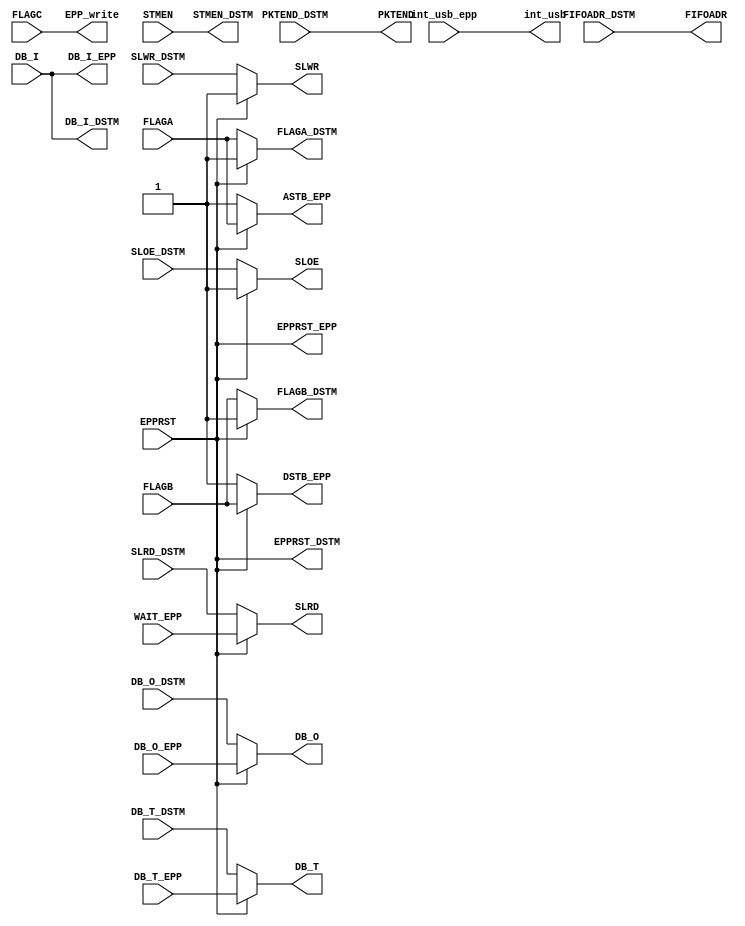
`timescale 1ns / 1ps
//////////////////////////////////////////////////////////////////////////////////
// Company: 
// Engineer: 
// 
// Design Name: 
// Module Name:    epp_dstm_mux 
// Project Name: 
// Target Devices: 
// Tool versions: 
// Description: 
//
// Dependencies: 
//
// Revision: 
// Revision 0.01 - File Created
// Additional Comments: 
//
//////////////////////////////////////////////////////////////////////////////////
module epp_dstm_mux(

		input EPPRST,     					 // EPP reset, will select between DSTM and EPP ports
		
		input STMEN,				      	 // stream enable : active high enable for the stream data transfer
		input FLAGA,				    		 // FIFO OUT flag : while 1 - shows the empty state of the OUT (download) FIFO
		input FLAGB,				    		 // FIFO IN flag : while 1 - shows the full state of the IN (upload) FIFO 
		input FLAGC,						    // EPP Protocol RNW signal
		
		output wire SLRD,				 		 // signal used to read from OUT FIFO
		output wire SLWR,				 		 // signal used to write to IN FIFO
		output wire SLOE,				 		 // FIFO output enable 
		output wire [1:0] FIFOADR,	       // FIFO address : "00" select OUT FIFO, "10" select IN FIFO
		output wire PKTEND, 		   	 	 // IN transfer end 
		output int_usb,						 // Interrupt request for USB


		input wire  [7:0] DB_I,				 // data in
		output wire [7:0] DB_O,				 // data out
		output wire [7:0] DB_T,			    // if 1 : DB is set as input, if 0 : DB is set as output
	 
	 /****************************DSTM side ports************************************************/
	 
		output STMEN_DSTM,				      	 // stream enable : active high enable for the stream data transfer
		output FLAGA_DSTM,				    		 // FIFO OUT flag : while 1 - shows the empty state of the OUT (download) FIFO
		output FLAGB_DSTM,				    		 // FIFO IN flag : while 1 - shows the full state of the IN (upload) FIFO 
		
		input  SLRD_DSTM,				 		 // signal used to read from OUT FIFO
		input  SLWR_DSTM,				 		 // signal used to write to IN FIFO
		input  SLOE_DSTM,				 		 // FIFO output enable 
		input  [1:0] FIFOADR_DSTM,	       // FIFO address : "00" select OUT FIFO, "10" select IN FIFO
		input  PKTEND_DSTM, 		   	 	 // IN transfer end 
		output EPPRST_DSTM,     					 // EPP reset

		output [7:0] DB_I_DSTM,				 // data in
		input  [7:0] DB_O_DSTM,				 // data out
		input  [7:0] DB_T_DSTM,			    // if 1 : DB is set as input, if 0 : DB is set as output	 
	 
	 /****************************EPP side ports************************************************/
	 
		output ASTB_EPP,				    		// EPP protocol Address Strobe signal
		output DSTB_EPP,				    		// EPP protocol Data Strobe signal
		output EPP_write,							//	EPP protocol RNW signal
		input  WAIT_EPP,				 		   // EPP protocol BUSY signal

		input int_usb_epp,						 // Interrupt request for USB
		output EPPRST_EPP,     					 // EPP reset

		output [7:0] DB_I_EPP,				 // data in
		input  [7:0] DB_O_EPP,				 // data out
		input  [7:0] DB_T_EPP			    // if 1 : DB is set as input, if 0 : DB is set as output	 	 
	 );


//DSTM outputs
assign STMEN_DSTM = STMEN;
assign FLAGA_DSTM = (EPPRST) ? 1'b1 : FLAGA;
assign FLAGB_DSTM = (EPPRST) ? 1'b1 : FLAGB;

assign EPPRST_DSTM = EPPRST;

//EPP outputs
assign ASTB_EPP = (EPPRST) ? FLAGA : 1'b1;
assign DSTB_EPP = (EPPRST) ? FLAGB : 1'b1;
assign EPP_write = FLAGC;

assign EPPRST_EPP = EPPRST;

//USB-EPP-DSTM outputs
assign SLRD = (EPPRST)? WAIT_EPP : SLRD_DSTM;

assign SLWR = (EPPRST)? 1'b1 : SLWR_DSTM;
assign SLOE = (EPPRST)? 1'b1 : SLOE_DSTM;
assign FIFOADR = FIFOADR_DSTM;
assign PKTEND = PKTEND_DSTM;

assign int_usb = int_usb_epp;

//Data inputs and outputs
assign DB_I_DSTM = DB_I;
assign DB_I_EPP = DB_I;

assign DB_O = (EPPRST) ? DB_O_EPP: DB_O_DSTM;
assign DB_T = (EPPRST) ? DB_T_EPP: DB_T_DSTM;

endmodule